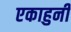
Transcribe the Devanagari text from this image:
एकाहुनी